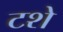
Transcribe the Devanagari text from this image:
टशे